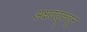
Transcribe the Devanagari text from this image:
अक्षतंतूकडून